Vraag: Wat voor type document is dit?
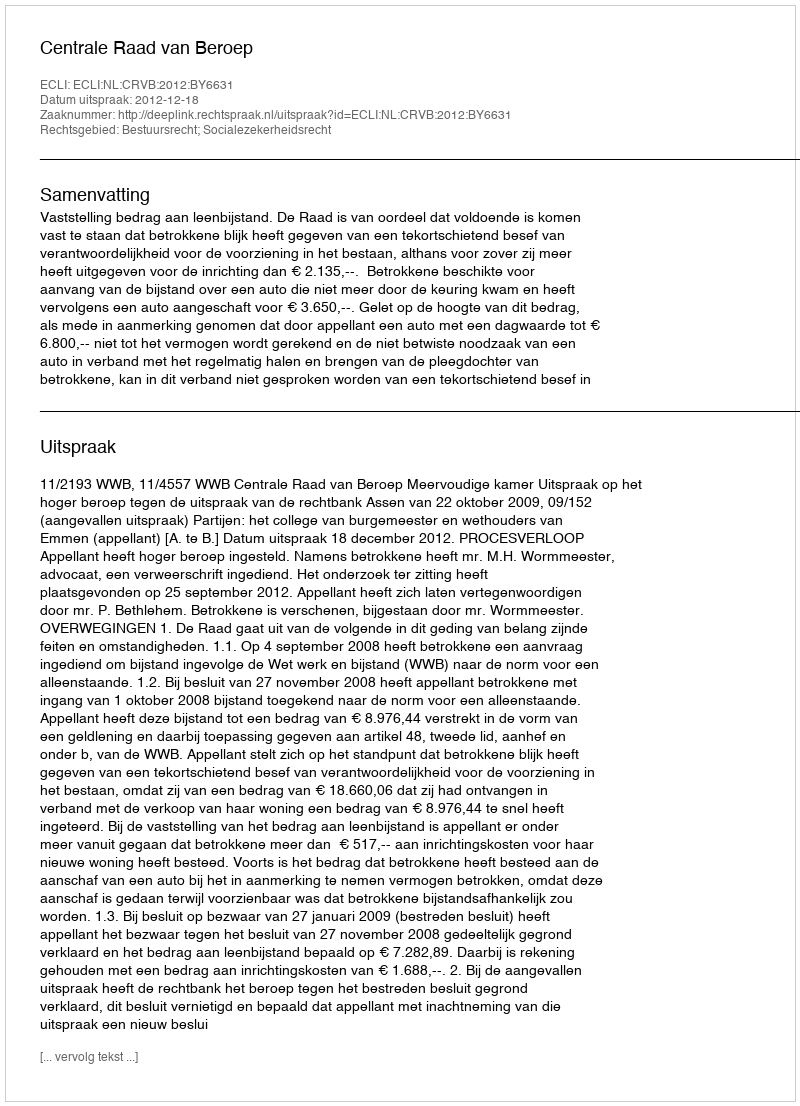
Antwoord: Uitspraak